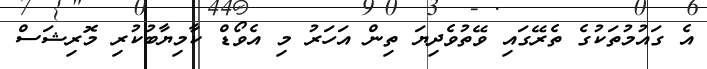
އެ ގައުމުތަކުގެ ތެރޭގައި ވޭތުވެދިޔަ ތިން އަހަރު މި އެވޯޑް ކާމިޔާބުކުރި މޮރިޝަސް